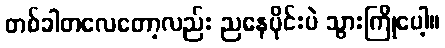
တစ်ခါတလေတော့လည်း ညနေပိုင်းပဲ သွားကြိုပေါ့။